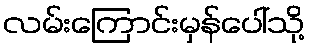
လမ်းကြောင်းမှန်ပေါ်သို့